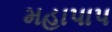
મહાપાપ